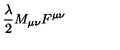
{ \frac { \lambda } { 2 } } M _ { \mu \nu } F ^ { \mu \nu }